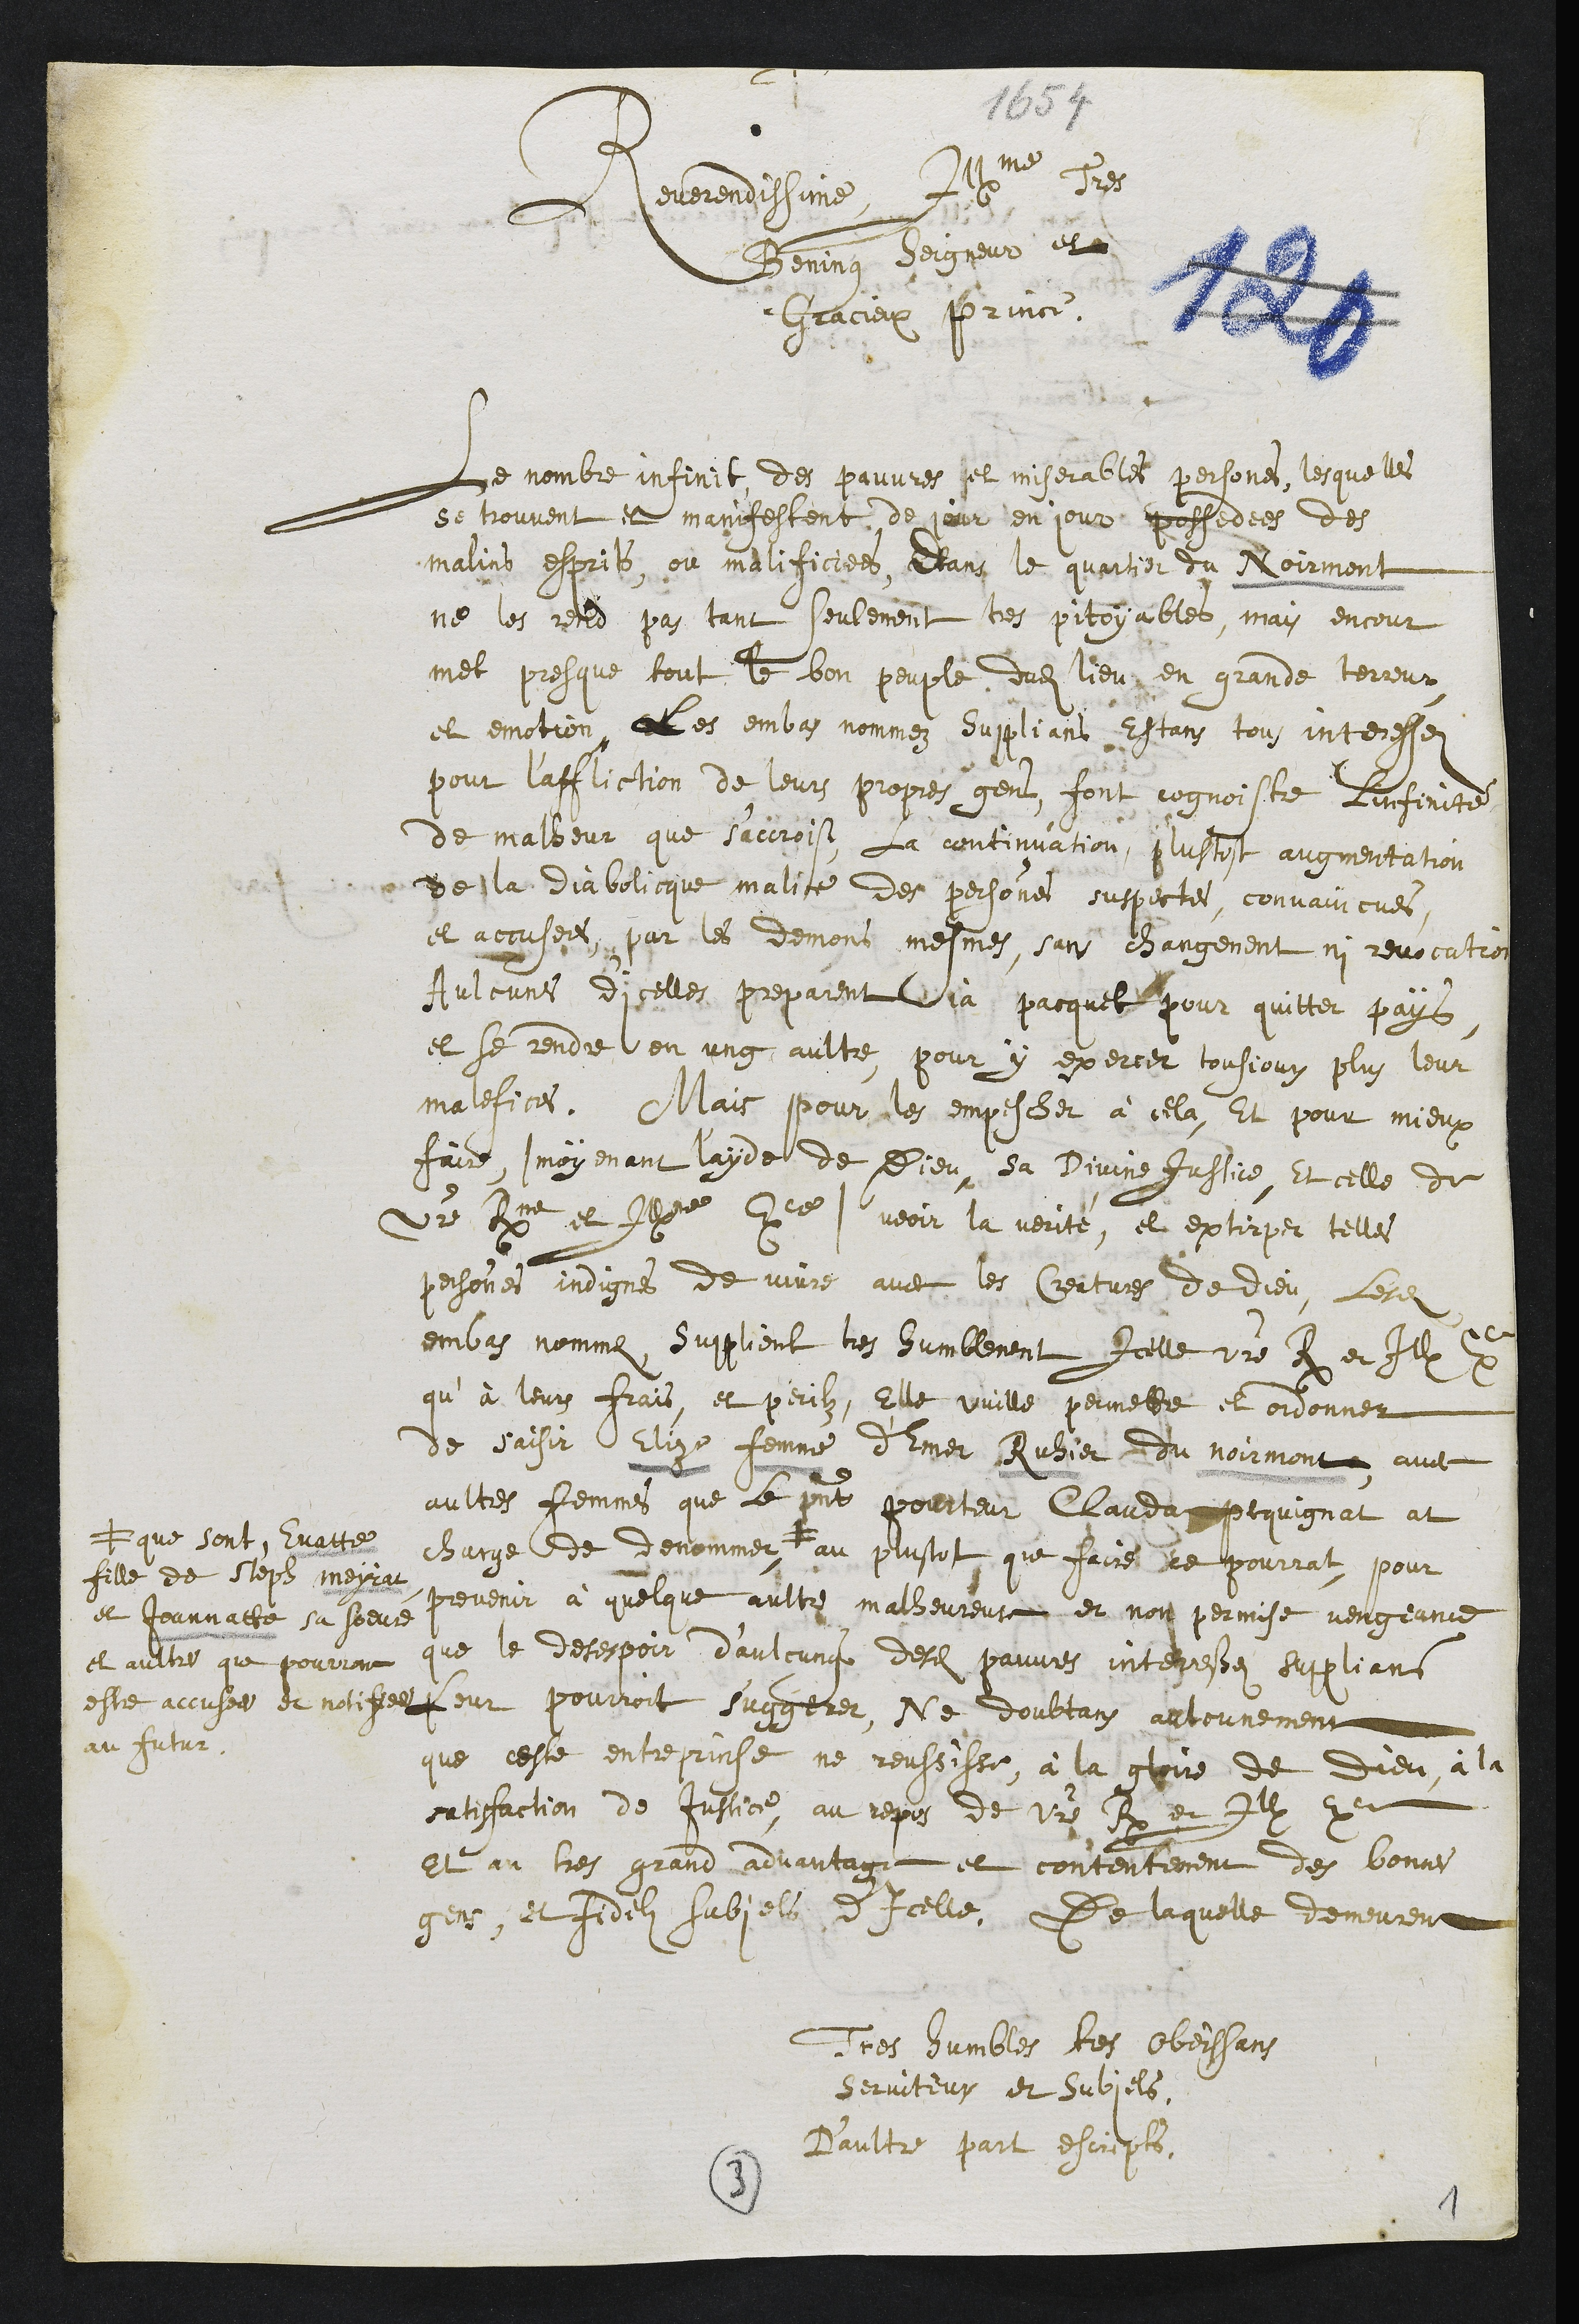
+
1654
Reverendissime, Illme tres
Bening Seigneur et
Gracieux Prince,
Le nombre infinit des pauvres et miserables persones, lesquelles
se trouvent et manifestent de jour en jour possedees des
malins esprits, ou malificiees, Dans le quartier du Noirmont
ne les rend pas tant seulement tres pitoyables, mais encour
met presque tout le bon peuple dudit lieu en grande terreur
et emotion. Les embas nommez Supplians Estans tous interesséz
pour l'affliction de leurs propres gens, font cognoistre linfinité
de malleur que s’accroist, La continuation, plustost augmentation
de la diabolicque malice des personnes suspectes, convaincues
et accusees par les demons mesmes, sans changement ny revocation
Aulcunes dicelles preparent ja pacquet pour quitter pays
et se rendre en ung aultre pour y exercer tousjours plus leur
malefices. Mais pour les empescher à cela, Et pour mieux
faire (moyenant l'ayde de Dieu, sa Divine Justice, Et celle de
Votre Rme et Illme Exce) veoir la verité, et extirper telles
personnes indignes de vivre avec les Creatures de Dieu, lesdits
embas nommez, supplient tres humblement icelle votre R. et Ill. Ex.
qu’à leurs frais et perilz, Elle vuille permette et ordonner
de saisir Elize femme d'Emer Ruhier du Noirmont, avec
aultres femmes que le present pourteur Claudat pequignat at
charge de denommer, #
# que sont Evatte
fille de Steph Meyrat
et Jeannatte sa soeure
et aultres que pourront
estre accusees et notifiees
au futur.
au plustot que faire ce pourrat, pour
prevenir à quelque aultre malheureuse et non permise vengeance
que le desespoir d'aulcungs desdits pauvres interessez supplians
leur pourroit suggerer, Ne doubtans aulcunement
que ceste entreprinse ne reussisse, à la gloire de Dieu, à la
satisfaction de Justice, au repos de votre R. et Ill. Ex.
et au tres grand advantage et contentement des bonnes
gens, et fidelz subjets d’Icelle. De laquelle demeurent
Tres humbles tres obeissans
serviteurs et subjets,
D'aultre part escripts,
3
1